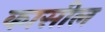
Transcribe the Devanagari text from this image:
कासील